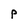
Character: p